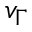
v _ { \Gamma }